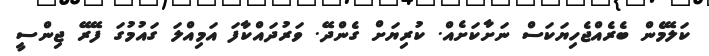
ކަލޭމެން ބެރެއްޖެހިޔަކަސް ނަށާކަށެއް. ކުރިޔަށް ގެންދޭ. ވަރުދައްކާފަ އަމިއްލަ ގައުމުގަ ފޭރޭ ޖިންސީ